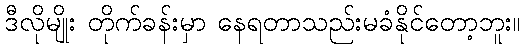
ဒီလိုမျိုး တိုက်ခန်းမှာ နေရတာသည်းမခံနိုင်တော့ဘူး။